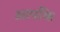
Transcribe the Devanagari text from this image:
आपकि